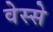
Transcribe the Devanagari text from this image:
वेस्से